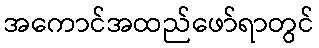
အကောင်အထည်ဖော်ရာတွင်